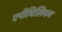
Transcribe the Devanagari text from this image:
एपीथिलियम